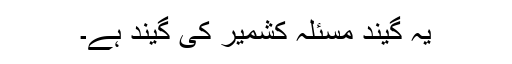
یہ گیند مسئلہ کشمیر کی گیند ہے۔